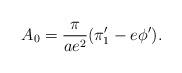
LaTeX: \begin{align*}A_0 = {\pi\over ae^2}(\pi '_1 - e\phi ').\end{align*}